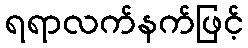
ရရာလက်နက်ဖြင့်